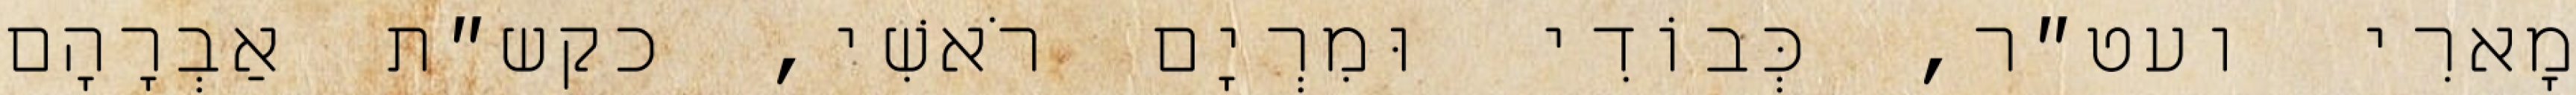
מָארִי ועט״ר, כְּבוֹדִי וּמִרְיָם רֹאשִׁי, כקש״ת אַבְרָהָם